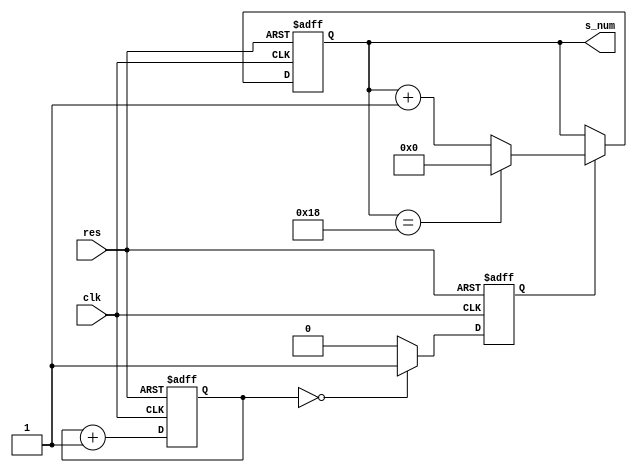
`timescale 1ns / 1ps
//////////////////////////////////////////////////////////////////////////////////
// Company: 
// Engineer: 
// 
// Design Name: 
// Module Name: s_counter
// Project Name: 
// Target Devices: 
// Tool Versions: 
// Description: 
// 
// Dependencies: 
// 
// Revision:
// Revision 0.01 - File Created
// Additional Comments:
// 
//////////////////////////////////////////////////////////////////////////////////

module s_counter(
						clk,//
						res,//
						s_num//
						);
input					clk;
input					res;
output[4:0]		        s_num;
 
parameter			    frequency_clk=24;//24MHz;16Mhz
 
 
reg[24:0]			    con_t;//
//24MHz2400000025
reg						s_pulse;//
reg[4:0]		        s_num;
 
always@(posedge clk or negedge res)
//
if(~res)begin
	con_t<=0;s_pulse<=0;s_num<=0;
end
//
else begin
	//
	if(con_t==frequency_clk*100000000-1)begin
		con_t<=0;
	end
	else begin
		con_t<=con_t+1;
	end
	//con_t0100
	if(con_t==0)begin
		s_pulse<=1;
	end
	else begin
		s_pulse<=0;
	end
	//0-9
	if(s_pulse)begin
			if(s_num==24)begin
				s_num<=0;
			end
			else begin
				s_num<=s_num+1;
	end
	end
end
endmodule